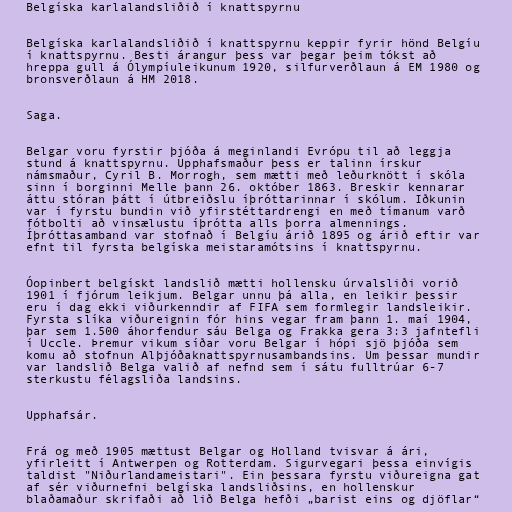
Belgíska karlalandsliðið í knattspyrnu

Belgíska karlalandsliðið í knattspyrnu keppir fyrir hönd Belgíu
í knattspyrnu. Besti árangur þess var þegar þeim tókst að
hreppa gull á Ólympíuleikunum 1920, silfurverðlaun á EM 1980 og
bronsverðlaun á HM 2018.

Saga.

Belgar voru fyrstir þjóða á meginlandi Evrópu til að leggja
stund á knattspyrnu. Upphafsmaður þess er talinn írskur
námsmaður, Cyril B. Morrogh, sem mætti með leðurknött í skóla
sinn í borginni Melle þann 26. október 1863. Breskir kennarar
áttu stóran þátt í útbreiðslu íþróttarinnar í skólum. Iðkunin
var í fyrstu bundin við yfirstéttardrengi en með tímanum varð
fótbolti að vinsælustu íþrótta alls þorra almennings.
Íþróttasamband var stofnað í Belgíu árið 1895 og árið eftir var
efnt til fyrsta belgíska meistaramótsins í knattspyrnu.

Óopinbert belgískt landslið mætti hollensku úrvalsliði vorið
1901 í fjórum leikjum. Belgar unnu þá alla, en leikir þessir
eru í dag ekki viðurkenndir af FIFA sem formlegir landsleikir.
Fyrsta slíka viðureignin fór hins vegar fram þann 1. maí 1904,
þar sem 1.500 áhorfendur sáu Belga og Frakka gera 3:3 jafntefli
í Uccle. Þremur vikum síðar voru Belgar í hópi sjö þjóða sem
komu að stofnun Alþjóðaknattspyrnusambandsins. Um þessar mundir
var landslið Belga valið af nefnd sem í sátu fulltrúar 6-7
sterkustu félagsliða landsins.

Upphafsár.

Frá og með 1905 mættust Belgar og Holland tvisvar á ári,
yfirleitt í Antwerpen og Rotterdam. Sigurvegari þessa einvígis
taldist "Niðurlandameistari". Ein þessara fyrstu viðureigna gat
af sér viðurnefni belgíska landsliðsins, en hollenskur
blaðamaður skrifaði að lið Belga hefði „barist eins og djöflar“